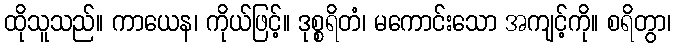
ထိုသူသည်။ ကာယေန၊ ကိုယ်ဖြင့်။ ဒုစ္စရိတံ၊ မကောင်းသော အကျင့်ကို။ စရိတွာ၊